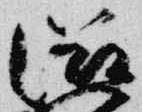
滋